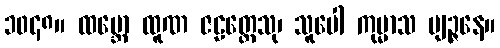
၁၀၄၈။ ထမ္ဘော ထူဏ ဇဠတ္တေသု၊ သူပေါ ကုမ္မာသ ဗျဉ္ဇနေ။